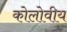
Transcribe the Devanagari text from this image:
कोलोवीय